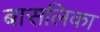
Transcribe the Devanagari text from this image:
बासलिका